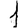
Digit: 1